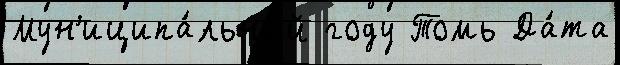
Мун'иципа́льный году Томь Да́та